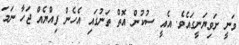
ވަނީ ށަވިޔަނީގައެވެ. އެއީ ސުކުން އޮތް ތަނުގައި އެހެން ފިއްޔެއް ޖަހާ ނަމަ